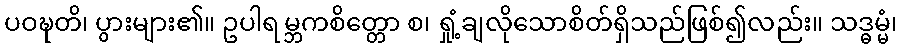
ပဝဍ္ဎတိ၊ ပွားများ၏။ ဥပါရမ္ဘကစိတ္တော စ၊ ရှုံ့ချလိုသောစိတ်ရှိသည်ဖြစ်၍လည်း။ သဒ္ဓမ္မံ၊